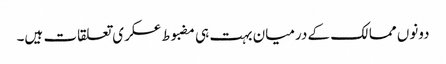
دونوں ممالک کے درمیان بہت ہی مضبوط عسکری تعلقات ہیں۔